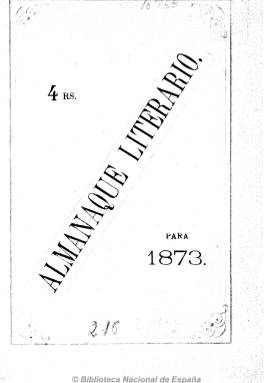
Título: Almanaque literario e ilustrado
Otros títulos: Almanaque literario
Colección: Almanaques || Literatura
Ámbito geográfico: Madrid
Lugar de publicación: Madrid
Fechas: 01/01/1873-31/12/1877

Publicación anual de marcado carácter popular. Los almanaques, en general, tuvieron una gran difusión durante todo el siglo XIX, especialmente en su segunda mitad, y en la mayoría de ellos se puede encontrar una cierta intencionalidad educativa dirigida hacia las clases mas populares, entre las que alcanzaron una amplia divulgación. Además de los datos específicos referidos a cada uno de los días del año, distribuidos en meses, con diferentes informaciones astronómicas, solían incluir, asimismo, contenidos muy variados  tales como las festividades religiosas, santorales, etc. Sin embargo, muchos de ellos se decantaron por una cierta especialización temática como la política, la sátira, el humor o la literatura de la cual este título es una buena muestra de ello.

Este almanaque, redactado por Pedro María Barrera, cuenta además con importantes colaboradores tales como Amador de los Ríos, Bretón de los Herreros, Campoamor, Cánovas del Castillo, Hartzenbusch o Zorrilla. En sus páginas podemos encontrar desde el característico “Juicio del año” (apartado común a casi todos los almanaques de la época), en el que se recogía las predicciones para todo el periodo, hasta una relación de la principales ferias y mercados de España o un almanaque agrícola y, en lo que al contenido literario se refiere, cuenta con diferentes narraciones cortas, poesías, cartas, fabulas, proverbios, etc. todo ello adornado con ilustraciones que servían como apoyo al texto.

Las páginas finales están destinadas a dar publicidad, en forma de pequeñas reseñas bibliográficas, a obras recién editadas. En ejemplares de años posteriores dan cabida también a publicidad de otro tipo de productos.